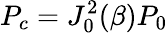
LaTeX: P_{c}=J_{0}^{2}(\beta)P_{0}